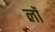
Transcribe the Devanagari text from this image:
लॉं